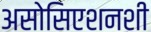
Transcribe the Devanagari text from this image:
असोसिएशनशी